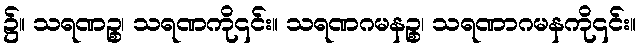
၌။ သရဏဉ္စ၊ သရဏကို၎င်း။ သရဏဂမနဉ္စ၊ သရဏာဂမနကို၎င်း။